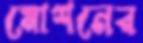
মোশনের